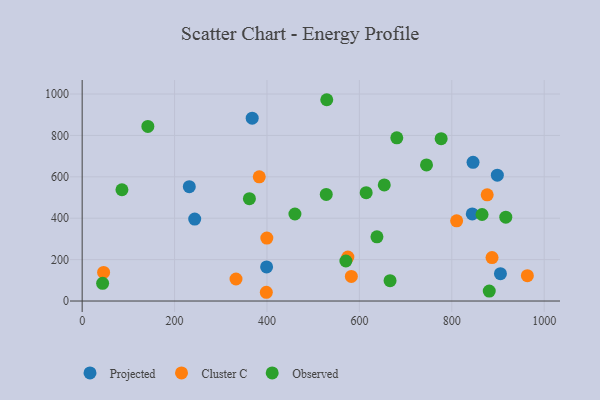
{"axis": {"x": "Study Hours", "y": "Yield"}, "legend": ["Cluster C", "Observed", "Projected"], "data": [{"x": "231.9", "y": 552.3, "type": "Projected"}, {"x": "844.3", "y": 420.8, "type": "Projected"}, {"x": "905.3", "y": 132.1, "type": "Projected"}, {"x": "243.6", "y": 396.1, "type": "Projected"}, {"x": "846.0", "y": 670.2, "type": "Projected"}, {"x": "399.2", "y": 164.8, "type": "Projected"}, {"x": "368.0", "y": 883.6, "type": "Projected"}, {"x": "898.6", "y": 607.8, "type": "Projected"}, {"x": "963.6", "y": 122.4, "type": "Cluster C"}, {"x": "46.4", "y": 138.2, "type": "Cluster C"}, {"x": "383.3", "y": 599.8, "type": "Cluster C"}, {"x": "575.1", "y": 212.2, "type": "Cluster C"}, {"x": "887.1", "y": 209.9, "type": "Cluster C"}, {"x": "810.5", "y": 387.3, "type": "Cluster C"}, {"x": "398.6", "y": 42.3, "type": "Cluster C"}, {"x": "582.6", "y": 119.1, "type": "Cluster C"}, {"x": "333.0", "y": 106.5, "type": "Cluster C"}, {"x": "399.7", "y": 304.3, "type": "Cluster C"}, {"x": "876.6", "y": 513.1, "type": "Cluster C"}, {"x": "614.7", "y": 523.7, "type": "Observed"}, {"x": "362.0", "y": 494.5, "type": "Observed"}, {"x": "460.5", "y": 420.5, "type": "Observed"}, {"x": "777.0", "y": 784.1, "type": "Observed"}, {"x": "865.5", "y": 418.1, "type": "Observed"}, {"x": "528.3", "y": 515.1, "type": "Observed"}, {"x": "916.9", "y": 405.3, "type": "Observed"}, {"x": "638.0", "y": 310.1, "type": "Observed"}, {"x": "666.4", "y": 98.4, "type": "Observed"}, {"x": "142.2", "y": 843.7, "type": "Observed"}, {"x": "745.3", "y": 657.7, "type": "Observed"}, {"x": "86.1", "y": 537.7, "type": "Observed"}, {"x": "681.0", "y": 788.5, "type": "Observed"}, {"x": "44.3", "y": 85.3, "type": "Observed"}, {"x": "570.8", "y": 193.4, "type": "Observed"}, {"x": "529.4", "y": 972.5, "type": "Observed"}, {"x": "653.9", "y": 561.1, "type": "Observed"}, {"x": "881.1", "y": 48.3, "type": "Observed"}]}